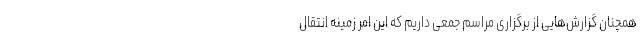
همچنان گزارش‌هایی از برگزاری مراسم جمعی داریم که این امر زمینه انتقال